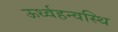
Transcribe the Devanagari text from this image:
ऊर्ध्वहन्वस्थि